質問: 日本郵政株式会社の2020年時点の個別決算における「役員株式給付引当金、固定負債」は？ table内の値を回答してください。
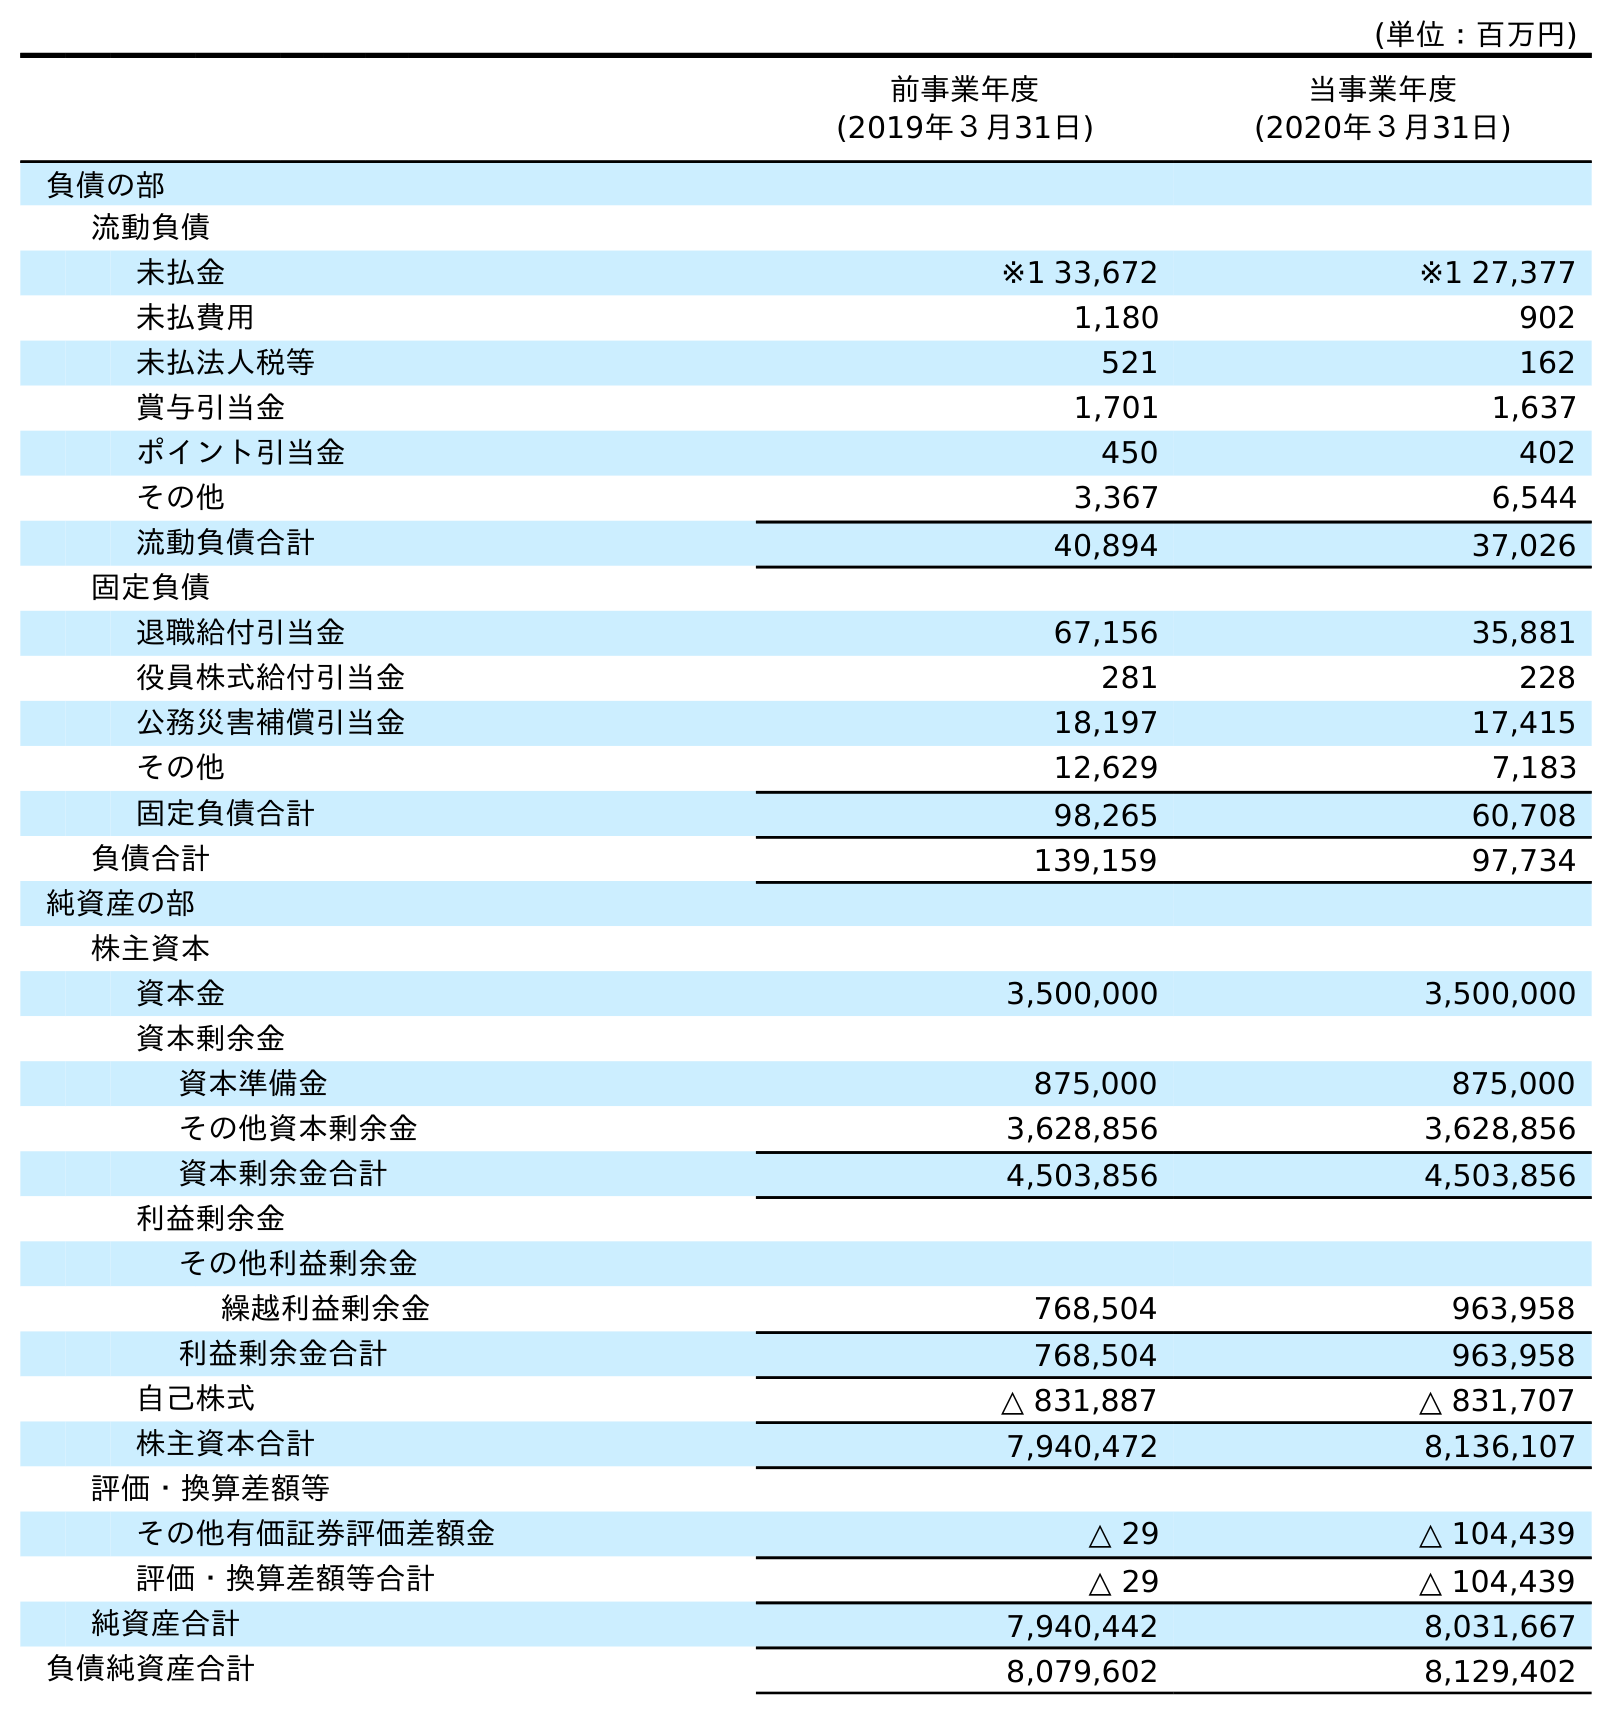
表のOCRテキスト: (単位：百万円) 前事業年度 (2019年３月31日) 当事業年度 (2020年３月31日) 負債の部 流動負債 未払金 ※1 33,672 ※1 27,377 未払費用 1,180 902 未払法人税等 521 162 賞与引当金 1,701 1,637 ポイント引当金 450 402 その他 3,367 6,544 流動負債合計 40,894 37,026 固定負債 退職給付引当金 67,156 35,881 役員株式給付引当金 281 228 公務災害補償引当金 18,197 17,415 その他 12,629 7,183 固定負債合計 98,265 60,708 負債合計 139,159 97,734 純資産の部 株主資本 資本金 3,500,000 3,500,000 資本剰余金 資本準備金 875,000 875,000 その他資本剰余金 3,628,856 3,628,856 資本剰余金合計 4,503,856 4,503,856 利益剰余金 その他利益剰余金 繰越利益剰余金 768,504 963,958 利益剰余金合計 768,504 963,958 自己株式 △ 831,887 △ 831,707 株主資本合計 7,940,472 8,136,107 評価・換算差額等 その他有価証券評価差額金 △ 29 △ 104,439 評価・換算差額等合計 △ 29 △ 104,439 純資産合計 7,940,442 8,031,667 負債純資産合計 8,079,602 8,129,402
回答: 228